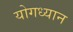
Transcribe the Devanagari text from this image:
योगध्‍यान